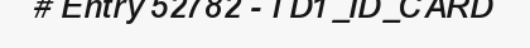
# Entry 52782 - TD1_ID_CARD